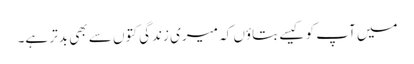
میں آپ کو کیسے بتاؤں کہ میری زندگی کتوں سے بھی بدتر ہے۔